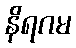
နိရဂမ